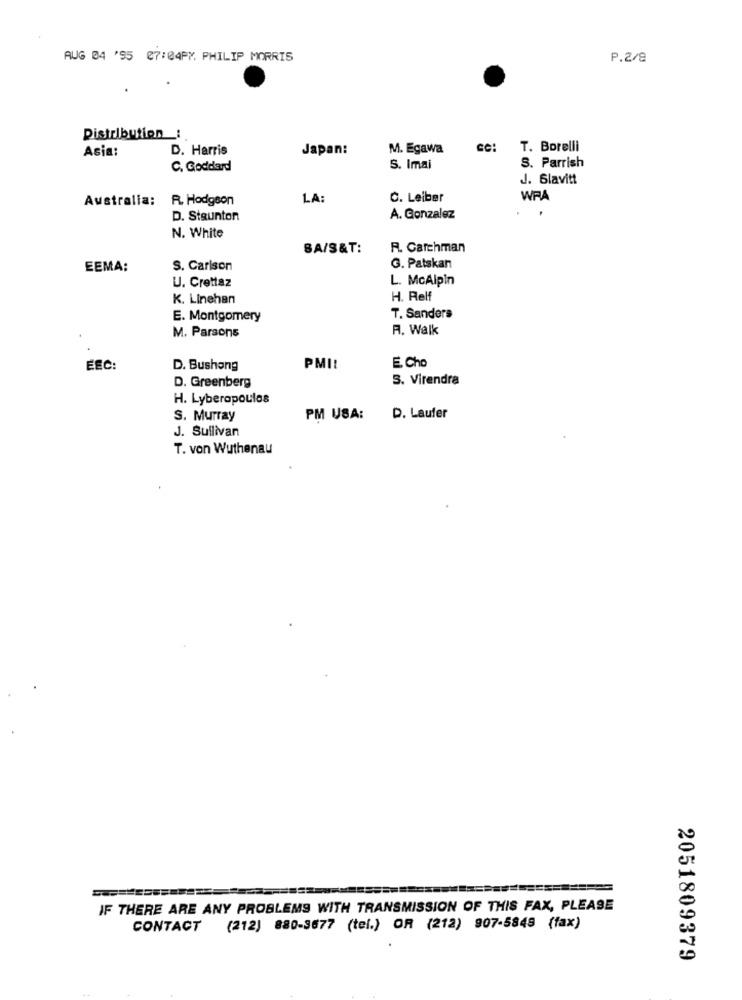
AUG 04 '55 27:04PM. PHILIP MORRIS
P.2/8
Distribution _:
Asia:
D. Harris
Japan:
M. Egawa
CC:
T. Borelli
C. Goddard
S. Imai
S. Parrish
J. Slavitt
Australia:
R. Hodgson
LA:
C. Leiber
WRA
D. Staunton
A. Gonzalez
N. White
SA/S&T:
R. Carchman
EEMA:
S. Carlson
G. Patskan
U. Crettaz
L. McAlpin
K. Linehan
H. Relf
E. Montgomery
T. Sanders
R. Walk
M. Parsons
EEC:
D. Bushong
PMI!
E. Cho
S. Virendra
D. Greenberg
H. Lyberapoulos
S. Murray
PM USA:
D. Laufer
J. Sullivan
T. von Wuthenau
IF THERE ARE ANY PROBLEMS WITH TRANSMISSION OF THIS FAX, PLEASE
CONTACT
(212) 880-3677 (tel.) OR (212) 907-5849 (fax)
2051809379